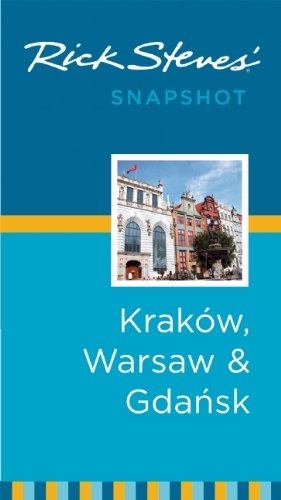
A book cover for Rick Steves' Snapshot Krakow, Warsaw & Gdansk; Rick Steves; Travel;